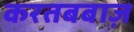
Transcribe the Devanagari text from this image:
करतबबाज़